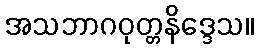
အသဘာဂဝုတ္တနိဒ္ဒေသ။